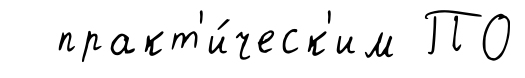
практ'и́ческ'им ПО